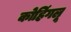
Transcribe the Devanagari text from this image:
कोहिंगलू